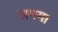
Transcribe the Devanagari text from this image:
समगा